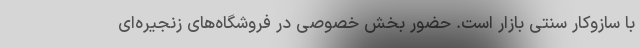
با سازوکار سنتی بازار است. حضور بخش خصوصی در فروشگاه‌های زنجیره‌ای